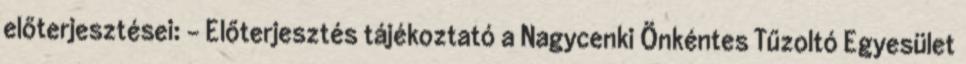
előterjesztései: - Előterjesztés tájékoztató a Nagycenki Önkéntes Tűzoltó Egyesület